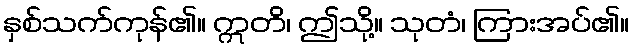
နှစ်သက်ကုန်၏။ ဣတိ၊ ဤသို့။ သုတံ၊ ကြားအပ်၏။